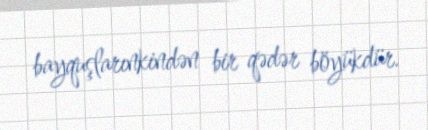
bayquşlarınkindən bir qədər böyükdür.